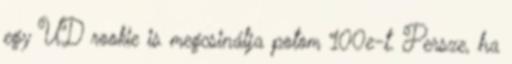
egy UD rookie is megcsinálja potom 100e-t. Persze, ha